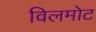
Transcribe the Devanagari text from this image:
विलमोट